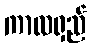
ကာလရှည်